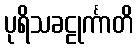
ပုရိသခဠုင်္ကာတိ